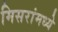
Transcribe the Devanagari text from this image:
मिसरांमध्ये